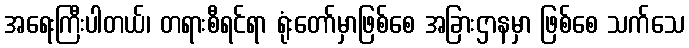
အရေးကြီးပါတယ်၊ တရားစီရင်ရာ ရုံးတော်မှာဖြစ်စေ အခြားဌာနမှာ ဖြစ်စေ သက်သေ